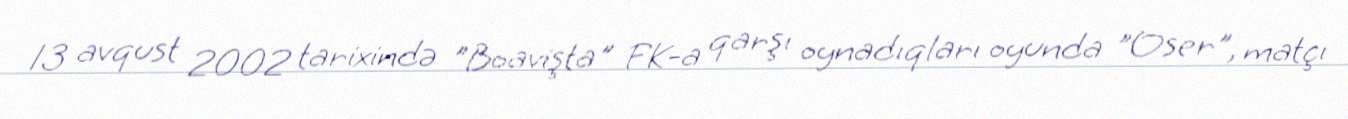
13 avqust 2002 tarixində "Boavişta" FK-a qarşı oynadıqları oyunda "Oser", matçı